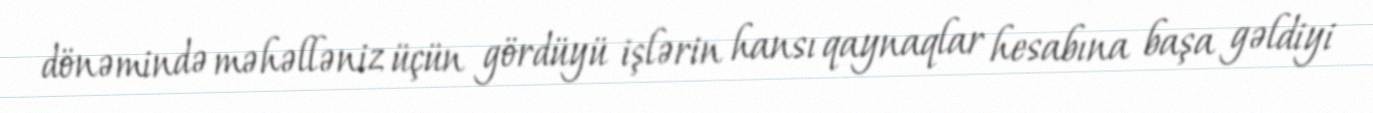
dönəmində məhəlləniz üçün gördüyü işlərin hansı qaynaqlar hesabına başa gəldiyi